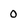
Character: 0